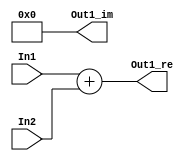
// -------------------------------------------------------------
// 
// 
// Generated by MATLAB 9.8 and HDL Coder 3.16
// 
// -------------------------------------------------------------


// -------------------------------------------------------------
// 
// Module: Complex_Sum1
// Source Path: newhope_cambios/FDHT/DFT/DFT10 - block/DFT5-row 1/DFT5-1/Complex-Sum1
// Hierarchy Level: 5
// 
// -------------------------------------------------------------

`timescale 1 ns / 1 ns

module Complex_Sum1
          (In1,
           In2,
           Out1_re,
           Out1_im);


  input   signed [36:0] In1;  // sfix37_En22
  input   signed [36:0] In2;  // sfix37_En22
  output  signed [36:0] Out1_re;  // sfix37_En22
  output  signed [36:0] Out1_im;  // sfix37_En22


  wire signed [36:0] Complex_to_Real_Imag1_out1;  // sfix37_En22
  wire signed [36:0] Complex_to_Real_Imag1_out2;  // sfix37_En22
  wire signed [36:0] Complex_to_Real_Imag2_out1;  // sfix37_En22
  wire signed [36:0] Complex_to_Real_Imag2_out2;  // sfix37_En22
  wire signed [36:0] Sum_out1;  // sfix37_En22
  wire signed [36:0] Sum1_out1;  // sfix37_En22


  assign Complex_to_Real_Imag1_out1 = In1;
  assign Complex_to_Real_Imag1_out2 = 37'sh0000000000;



  assign Complex_to_Real_Imag2_out1 = In2;
  assign Complex_to_Real_Imag2_out2 = 37'sh0000000000;



  assign Sum_out1 = Complex_to_Real_Imag1_out1 + Complex_to_Real_Imag2_out1;



  assign Out1_re = Sum_out1;

  assign Sum1_out1 = Complex_to_Real_Imag1_out2 + Complex_to_Real_Imag2_out2;



  assign Out1_im = Sum1_out1;

endmodule  // Complex_Sum1